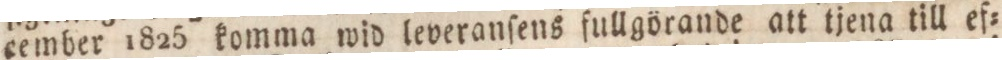
cember 1825 komma wid leveranſens fullgörande att tjena till ef=